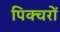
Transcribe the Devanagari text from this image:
पिक्चरों